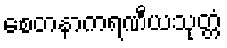
စေတနာကရဏီယသုတ္တံ